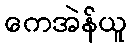
ကေအဲန်ယူ